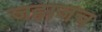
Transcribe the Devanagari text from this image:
जहाजच